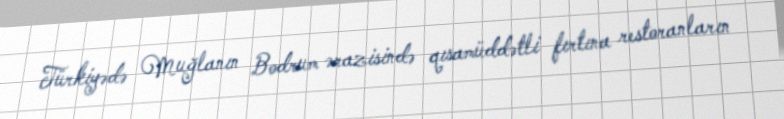
Türkiyədə Muğlanın Bodrum ərazisində qısamüddətli fırtına restoranların